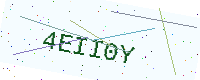
Text: 4EII0Y